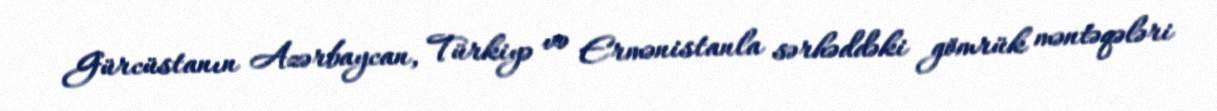
Gürcüstanın Azərbaycan, Türkiyə və Ermənistanla sərhəddəki gömrük məntəqələri